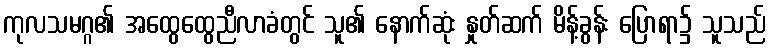
ကုလသမဂ္ဂ၏ အထွေထွေညီလာခံတွင် သူ၏ နောက်ဆုံး နှုတ်ဆက် မိန့်ခွန်း ပြောရာ၌ သူသည်